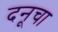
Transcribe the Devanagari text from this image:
दनूचा